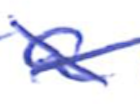
Text: a
Cross-out: cross
Writing tool: ballpoint